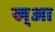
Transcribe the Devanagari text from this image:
ख्आ